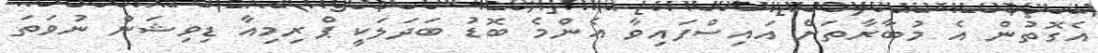
އެގޮތުން އެ މުބާރާތަށް އައިސްފައިވާ އެންމެ ބޮޑު ބަދަލަކީ ޕްރިމިއާ ޑިވިޝަން ނުވަތަ